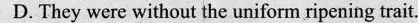
D. They were without the uniform ripening trait.